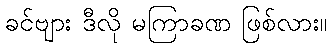
ခင်ဗျား ဒီလို မကြာခဏ ဖြစ်လား။